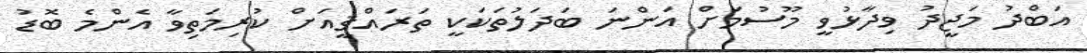
އަބްދު މަޖީދު ވިދާޅުވީ މޫސުމަށް އަންނަ ބަދަލުތަކަކީ ތަރައްޤީއަށް ކުރިމަތިވާ އެންމެ ބޮޑު